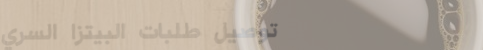
توصيل طلبات البيتزا السري